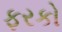
ફરકો